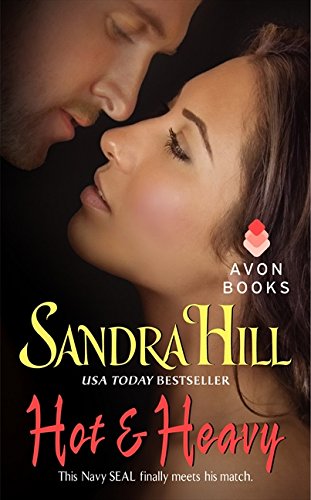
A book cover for Hot & Heavy (Viking II); Sandra Hill; Romance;